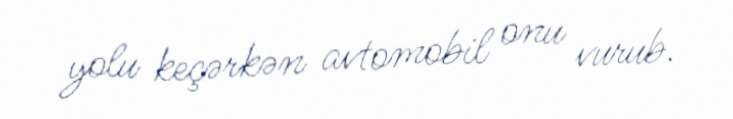
yolu keçərkən avtomobil onu vurub.